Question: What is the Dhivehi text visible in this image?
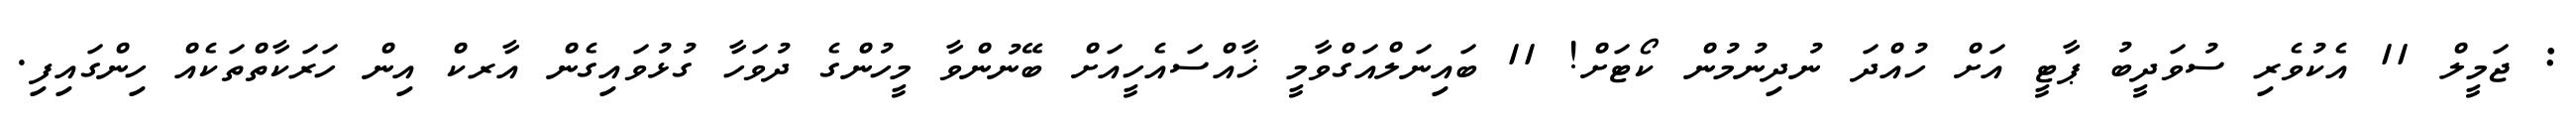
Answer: : ޖަމީލް 11 އެކުވެރި ސުވަދީބު ޕާޓީ އަށް ހުއްދަ ނުދިނުމުން ކޯޓަށް! 11 ބައިނަލްއަގްވާމީ ޚާއްސައެހީއަށް ބޭނުންވާ މީހުންގެ ދުވަހާ ގުޅުވައިގެން އާރކް އިން ހަރަކާތްތަކެއް ހިންގައިފި.